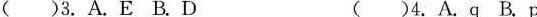
()3. A.E B. D ()4. A.Q B.P